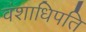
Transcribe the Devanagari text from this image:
वंशाधिपति